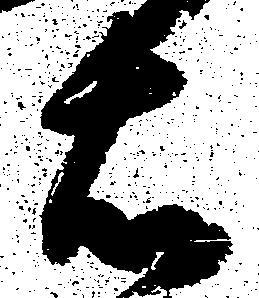
右